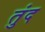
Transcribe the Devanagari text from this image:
तुंद